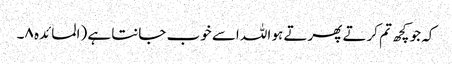
کہ جو کچھ تم کرتے پھرتے ہو اللہ اسے خوب جانتا ہے (المائدہ ۸۔